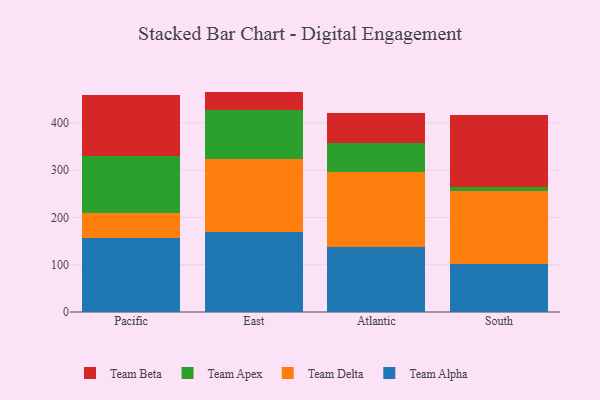
{"axis": {"x": "Region", "y": "Demand Index"}, "legend": ["Team Alpha", "Team Apex", "Team Beta", "Team Delta"], "data": [{"x": "Pacific", "y": 155.5, "type": "Team Alpha"}, {"x": "Pacific", "y": 53.1, "type": "Team Delta"}, {"x": "Pacific", "y": 120.9, "type": "Team Apex"}, {"x": "Pacific", "y": 130.4, "type": "Team Beta"}, {"x": "East", "y": 168.7, "type": "Team Alpha"}, {"x": "East", "y": 155.8, "type": "Team Delta"}, {"x": "East", "y": 102.1, "type": "Team Apex"}, {"x": "East", "y": 39.5, "type": "Team Beta"}, {"x": "Atlantic", "y": 138.1, "type": "Team Alpha"}, {"x": "Atlantic", "y": 158.6, "type": "Team Delta"}, {"x": "Atlantic", "y": 60.9, "type": "Team Apex"}, {"x": "Atlantic", "y": 63.4, "type": "Team Beta"}, {"x": "South", "y": 101.5, "type": "Team Alpha"}, {"x": "South", "y": 153.4, "type": "Team Delta"}, {"x": "South", "y": 8.7, "type": "Team Apex"}, {"x": "South", "y": 152.9, "type": "Team Beta"}]}